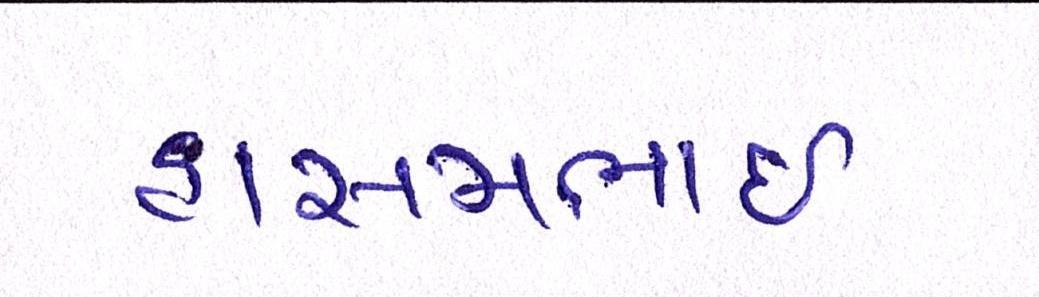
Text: હાસમભાઇ